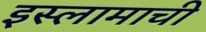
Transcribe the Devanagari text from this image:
इस्लामाची